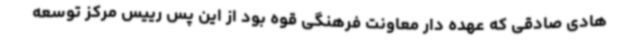
هادی صادقی که عهده دار معاونت فرهنگی قوه بود از این پس رییس مرکز توسعه